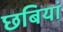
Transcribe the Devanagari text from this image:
छबियां